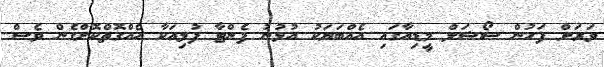
ވަރަށް ފަހުން ސޯޝަލް މީޑިއާގައި އެއްބަޔަކު އުޅުނު ފެންޓާ ފުޅިއަކާ އެއްގޮތްކޮށްގެން ވެސް